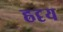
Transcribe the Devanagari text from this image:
ह्रदृय